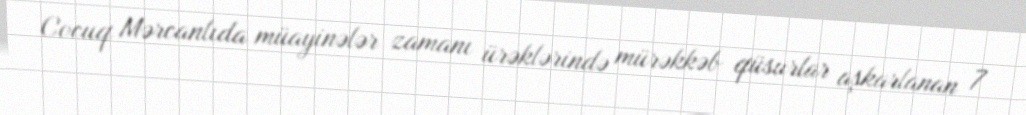
Cocuq Mərcanlıda müayinələr zamanı ürəklərində mürəkkəb qüsurlar aşkarlanan 7